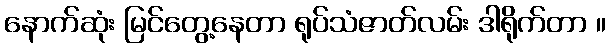
နောက်ဆုံး မြင်တွေ့နေတာ ရုပ်သံဇာတ်လမ်း ဒါရိုက်တာ ။